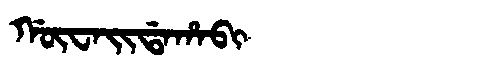
Manchu: ᡤᡡᠸᠠᡳᡩᠠᡥᠠᠪᡳ
Romanization: GŪWAIDAHABI